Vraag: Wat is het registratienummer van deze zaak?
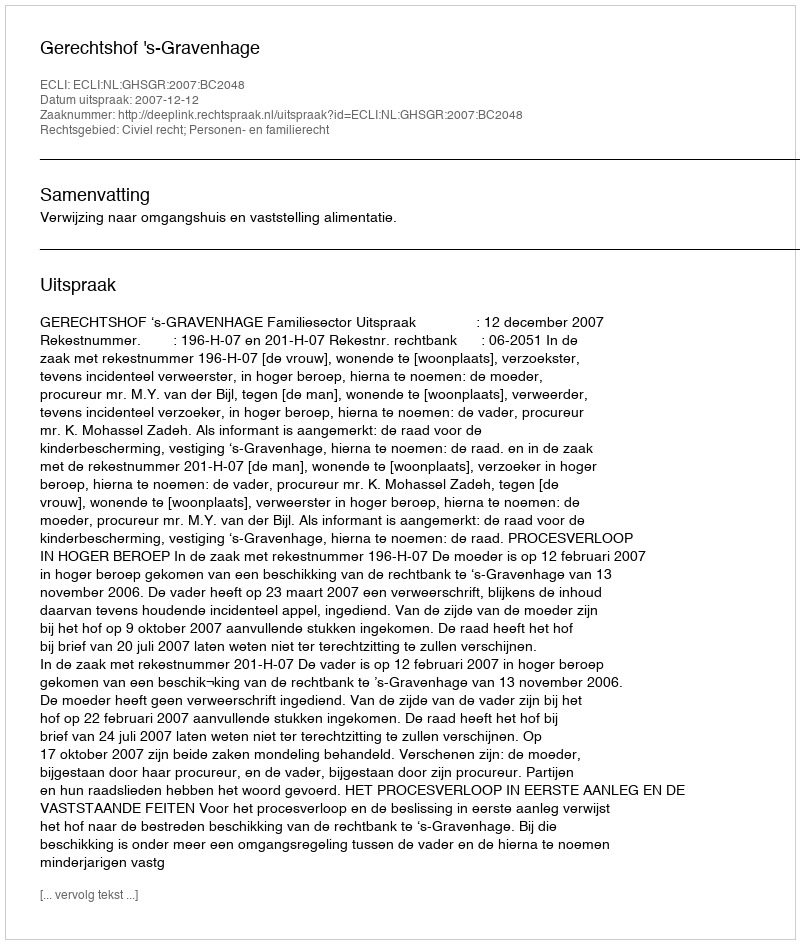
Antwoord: http://deeplink.rechtspraak.nl/uitspraak?id=ECLI:NL:GHSGR:2007:BC2048